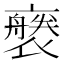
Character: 𧝢